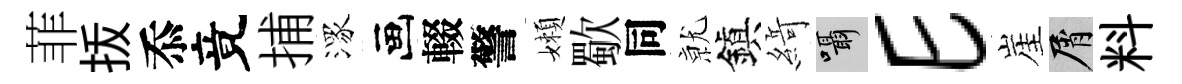
菲㧞忝竟捕潈画輟警嬾歜同𭕒鎭𦂶囁E崖屑料